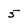
Character: 5